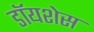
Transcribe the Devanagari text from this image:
डॉयशेस